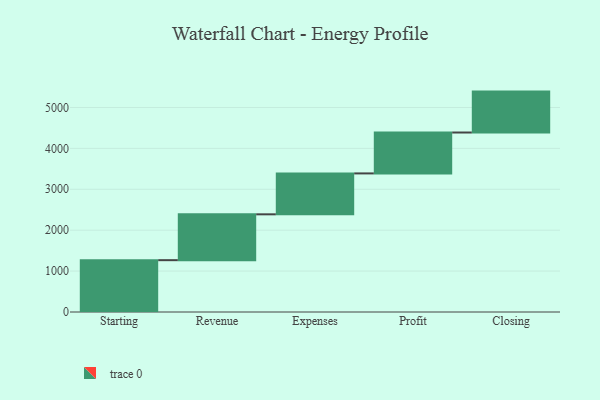
{"axis": {"x": "Step", "y": "Value"}, "legend": [""], "data": [{"x": "Starting", "y": 1267.0, "type": ""}, {"x": "Revenue", "y": 1121.0, "type": ""}, {"x": "Expenses", "y": 1000, "type": ""}, {"x": "Profit", "y": 1000, "type": ""}, {"x": "Closing", "y": 1000, "type": ""}]}